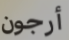
أرجون